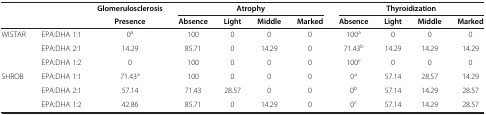
<table><thead><tr><td><b> </b></td><td><b> </b></td><td><b>Glomerulosclerosis</b></td><td colspan="4"><b>Atrophy</b></td><td colspan="4"><b>Thyroidization</b></td></tr><tr><td><b> </b></td><td><b> </b></td><td><b>Presence</b></td><td><b>Absence</b></td><td><b>Light</b></td><td><b>Middle</b></td><td><b>Marked</b></td><td><b>Absence</b></td><td><b>Light</b></td><td><b>Middle</b></td><td><b>Marked</b></td></tr></thead><tbody><tr><td>WISTAR</td><td>EPA:DHA 1:1</td><td>0<sup>a</sup></td><td>100</td><td>0</td><td>0</td><td>0</td><td>100<sup>a</sup></td><td>0</td><td>0</td><td>0</td></tr><tr><td> </td><td>EPA:DHA 2:1</td><td>14.29</td><td>85.71</td><td>0</td><td>14.29</td><td>0</td><td>71.43<sup>b</sup></td><td>14.29</td><td>14.29</td><td>14.29</td></tr><tr><td> </td><td>EPA:DHA 1:2</td><td>0</td><td>100</td><td>0</td><td>0</td><td>0</td><td>100<sup>c</sup></td><td>0</td><td>0</td><td>0</td></tr><tr><td>SHROB</td><td>EPA:DHA 1:1</td><td>71.43<sup>a</sup></td><td>100</td><td>0</td><td>0</td><td>0</td><td>0<sup>a</sup></td><td>57.14</td><td>28.57</td><td>14.29</td></tr><tr><td> </td><td>EPA:DHA 2:1</td><td>57.14</td><td>71.43</td><td>28.57</td><td>0</td><td>0</td><td>0<sup>b</sup></td><td>57.14</td><td>14.29</td><td>28.57</td></tr><tr><td> </td><td>EPA:DHA 1:2</td><td>42.86</td><td>85.71</td><td>0</td><td>14.29</td><td>0</td><td>0<sup>c</sup></td><td>57.14</td><td>14.29</td><td>28.57</td></tr></tbody></table>